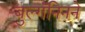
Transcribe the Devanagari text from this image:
बुल्गॅनिनने